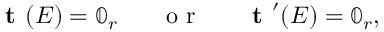
\textbf { t } ( E ) = \mathbb { 0 } _ { r } ~ ~ ~ ~ ~ \mathrm { ~ o ~ r ~ } ~ ~ ~ ~ ~ \textbf { t } ^ { \prime } ( E ) = \mathbb { 0 } _ { r } ,